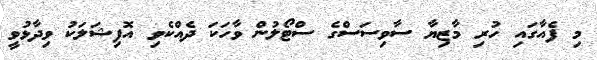
މި ފެއާގައި ހުރި މާޒިޔާ ސާވިސަސްގެ ސްޓޯލުން ވާހަކަ ދެއްކެވި އޮފިޝަލަކު ވިދާޅުވީ